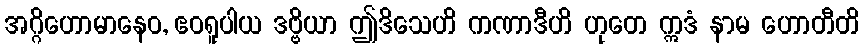
အဂ္ဂိဟောမာနေဝ, ဧဝရူပါယ ဒဗ္ဗိယာ ဤဒိသေဟိ ကဏာဒီဟိ ဟုတေ ဣဒံ နာမ ဟောတီတိ